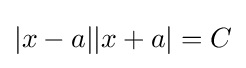
|x-a||x+a|=C